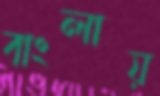
বাংলায়